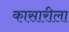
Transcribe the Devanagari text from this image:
कासारीला